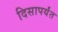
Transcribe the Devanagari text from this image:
दिसापर्यंत